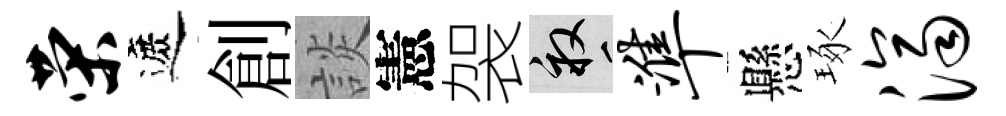
荣遮創談憲袈畝准懸琢济